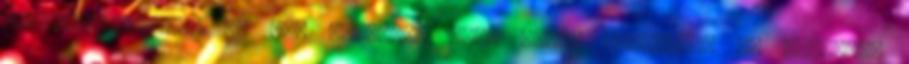
tehetséggondozás a. nos hobbija, mert amúgy kapitány. De rengeteg